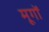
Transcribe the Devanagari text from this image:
मूगों